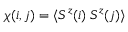
\chi ( i , j ) = \langle S ^ { z } ( i ) \: S ^ { z } ( j ) \rangle